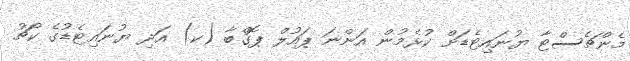
މެންޗެސްޓާ ޔުނައިޓެޑަށް ކުޅެމުން އަންނަ ޕައުލް ޕޮގްބާ (ކ) އަދި ޔުނައިޓެޑުގެ ކޯޗު